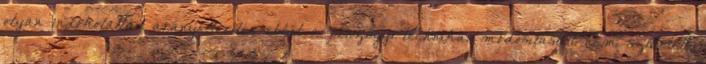
olyan indokolatlan arányeltérítés ebből a pénzügyi-technikai módosításból nem született,